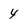
Character: 4